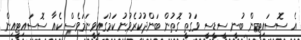
އެ ސޮސައިޓީން ބުނީ ސީޑީސީ ވަގުތީ ގޮތުން ބަންދުކުރެވުނު ކަމުގައިވީނަމަވެސް ކެއާ ސޮސައިޓީއިން